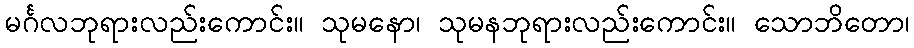
မင်္ဂလဘုရားလည်းကောင်း။ သုမနော၊ သုမနဘုရားလည်းကောင်း။ သောဘိတော၊